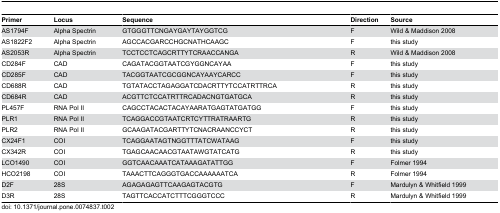
<table><thead><tr><td><b>Primer</b></td><td><b>Locus</b></td><td><b>Sequence</b></td><td><b>Direction</b></td><td><b>Source</b></td></tr></thead><tbody><tr><td>AS1794F</td><td>Alpha Spectrin</td><td>GTGGGTTCNGAYGAYTAYGGTCG</td><td>F</td><td>Wild &amp; Maddison 2008</td></tr><tr><td>AS1822F2</td><td>Alpha Spectrin</td><td>AGCCACGARCCHGCNATHCAAGC</td><td>F</td><td>this study</td></tr><tr><td>AS2053R</td><td>Alpha Spectrin</td><td>TCCTCCTCAGCRTTYTCRAACCANGA</td><td>R</td><td>Wild &amp; Maddison 2008</td></tr><tr><td>CD284F</td><td>CAD</td><td>CAGATACGGTAATCGYGGNCAYAA</td><td>F</td><td>this study</td></tr><tr><td>CD285F</td><td>CAD</td><td>TACGGTAATCGCGGNCAYAAYCARCC</td><td>F</td><td>this study</td></tr><tr><td>CD688R</td><td>CAD</td><td>TGTATACCTAGAGGATCDACRTTYTCCATRTTRCA</td><td>R</td><td>this study</td></tr><tr><td>CD684R</td><td>CAD</td><td>ACGTTCTCCATRTTRCADACNGTGATGCA</td><td>R</td><td>this study</td></tr><tr><td>PL457F</td><td>RNA Pol II</td><td>CAGCCTACACTACAYAARATGAGTATGATGG</td><td>F</td><td>this study</td></tr><tr><td>PLR1</td><td>RNA Pol II</td><td>TCAGGACCGTAATCRTCYTTRATRAARTG</td><td>R</td><td>this study</td></tr><tr><td>PLR2</td><td>RNA Pol II</td><td>GCAAGATACGARTTYTCNACRAANCCYCT</td><td>R</td><td>this study</td></tr><tr><td>CX24F1</td><td>COI</td><td>TCAGGAATAGTNGGTTTATCWATAAG</td><td>F</td><td>this study</td></tr><tr><td>CX342R</td><td>COI</td><td>TGAGCAACAACGTAATAWGTATCATG</td><td>R</td><td>this study</td></tr><tr><td>LCO1490</td><td>COI</td><td>GGTCAACAAATCATAAAGATATTGG</td><td>F</td><td>Folmer 1994</td></tr><tr><td>HCO2198</td><td>COI</td><td>TAAACTTCAGGGTGACCAAAAAATCA</td><td>R</td><td>Folmer 1994</td></tr><tr><td>D2F</td><td>28S</td><td>AGAGAGAGTTCAAGAGTACGTG</td><td>F</td><td>Mardulyn &amp; Whitfield 1999</td></tr><tr><td>D3R</td><td>28S</td><td>TAGTTCACCATCTTTCGGGTCCC</td><td>R</td><td>Mardulyn &amp; Whitfield 1999</td></tr></tbody></table>